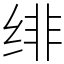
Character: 绯